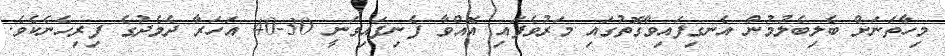
މިހާތަނަށް ބެލިބެލުމުން އެނގިފައިވާގޮތުގައި މަރުވެފައި އޮއްވާ ފެނިފައިވަނީ 30-40 އަހަރާ ދެމެދުގެ ފިރިހެނެކެވެ.